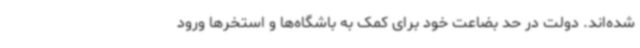
شده‌اند. دولت در حد بضاعت خود برای کمک به باشگاه‌ها و استخرها ورود